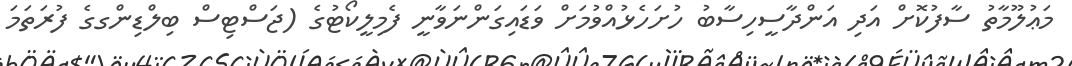
މަޢުލޫމާތު ސާފުކޮށް އަދި އަންދާސީހިސާބު ހުށަހެޅުއްވުމަށް ވަޑައިގަންނަވާނީ ފެމިލީކޯޓުގެ (ޖަސްޓިސް ބިލްޑިންގގެ ފުރަތަމަ